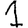
Digit: 1